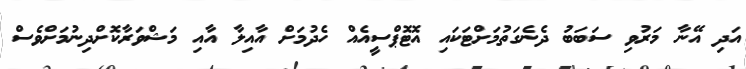
އަދި އޭނާ މަރުވި ސަބަބު ދެނެގަތުމަށްޓަކައި އޮޓޮޕްސީއެއް ހެދުމަށް އާއިލާ އާއި މަޝްވަރާކޮށްދިނުމަށްވެސް